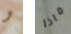
و ماذا